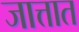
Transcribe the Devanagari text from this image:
जात्तात